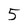
Character: 5